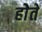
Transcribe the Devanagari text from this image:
होेते